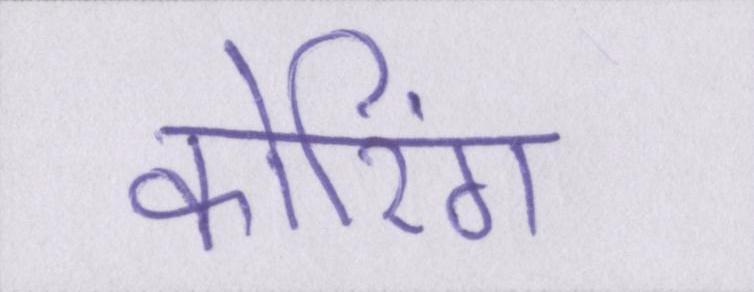
कोरिंग